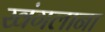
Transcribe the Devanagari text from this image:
खंगलाना